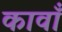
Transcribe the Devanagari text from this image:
कावाँ